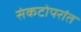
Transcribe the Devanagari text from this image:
संकटोपरांत